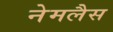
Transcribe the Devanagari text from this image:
नेमलैस